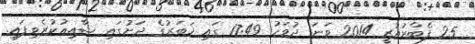
25 ފެބްރުއުރީ 2014 ވަނަ ދުވަހު 17:49 ގައި ޚަބަރުގެ ދަށުގައި ޝާއިޢުކުރެވިފައި.